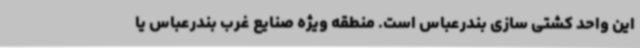
این واحد کشتی سازی بندرعباس است. منطقه ویژه صنایع غرب بندرعباس یا